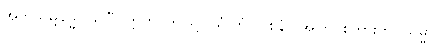
အဘိသမ္ဗုဒ္ဓေါ၊ သိပြီ။ ဣတိ၊ ဤသို့။ ယံ တံ (ဝစနံ)၊ အကြင်စကားကို။ သမ္မာ၊